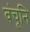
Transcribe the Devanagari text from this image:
वंचूनि